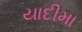
યાદીમા